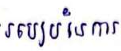
របៀបនៃការ